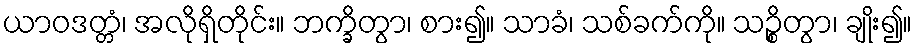
ယာဝဒတ္တံ၊ အလိုရှိတိုင်း။ ဘက္ခိတွာ၊ စား၍။ သာခံ၊ သစ်ခက်ကို။ သဉ္စိတွာ၊ ချိုး၍။